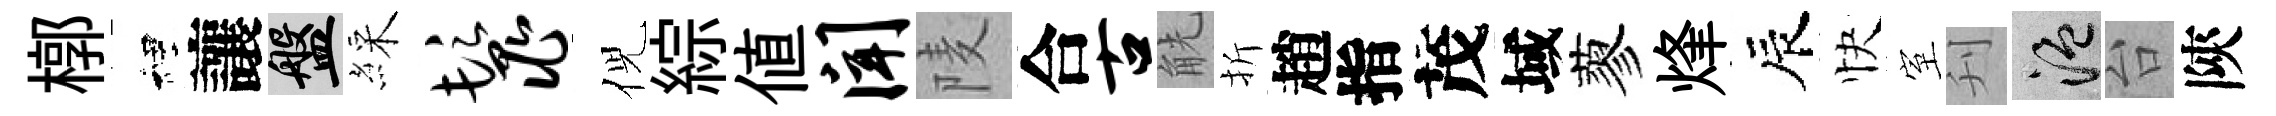
槨裡讓盤綵鬣倪綜值闻𨹧合古觥折趙指茂域蓼烽辰快室刋温台陝